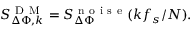
S _ { \Delta \Phi , k } ^ { \mathrm { ~ D ~ M ~ } } = S _ { \Delta \Phi } ^ { \mathrm { ~ n ~ o ~ i ~ s ~ e ~ } } ( k f _ { s } / N ) .